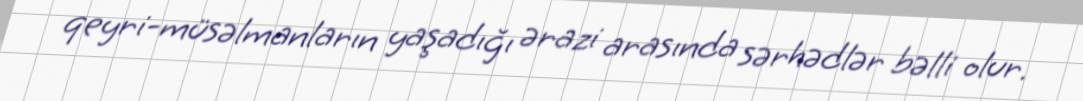
qeyri-müsəlmanların yaşadığı ərazi arasında sərhədlər bəlli olur.